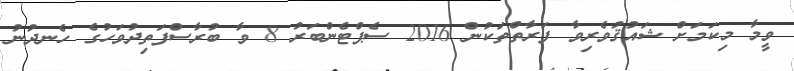
ވީމާ މިކަމަށް ޝައުޤުވެރިވާ ފަރާތްތަކުން 2016 ސެޕްޓެންބަރު 8 ވާ ބުރާސްފަތިދުވަހުގެ ހެނދުނު